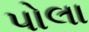
પોલા